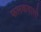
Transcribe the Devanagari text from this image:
फलकवाली